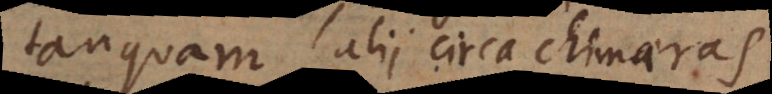
tanquam alii circa chimaeras